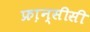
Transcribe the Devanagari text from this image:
फ्रा़न्सीसी